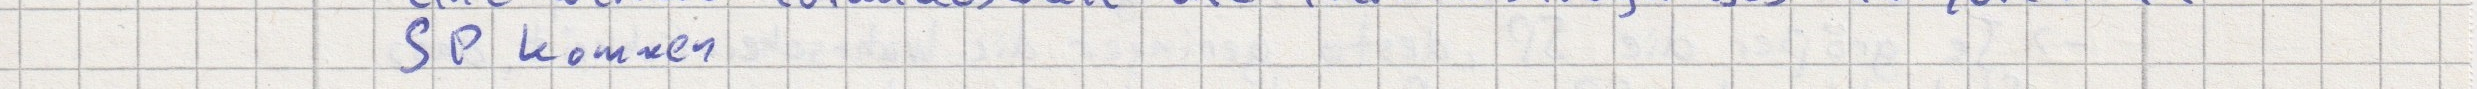
SP kommen